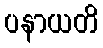
ပနာယတိ